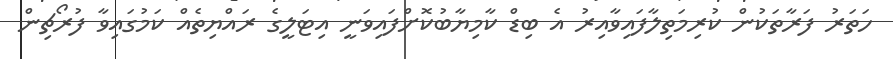
ހަތަރު ފަރާތަކުން ކުރިމަތިލާފައިވާއިރު އެ ބިޑް ކާމިޔާބުކޮށްފައިވަނީ އިޓަލީގެ ރައްޔިތެއް ކަމުގައިވާ ފުރޯޗިން